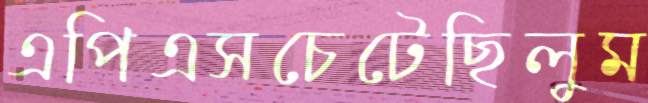
এপিএসচেটেছিলুম